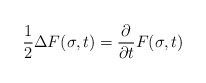
\begin{align*} \frac{1}{2} \Delta F(\sigma,t) = \frac{\partial}{\partial t} F(\sigma,t)\end{align*}